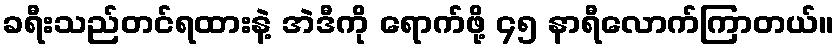
ခရီးသည်တင်ရထားနဲ့ အဲဒီကို ရောက်ဖို့ ၄၅ နာရီလောက်ကြာတယ်။